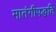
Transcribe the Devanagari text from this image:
मातंगीपद्धति